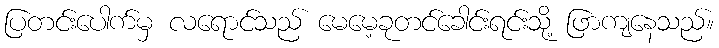
ပြတင်းပေါက်မှ လရောင်သည် မေမေ့ခုတင်ခေါင်းရင်းသို့ ဖြာကျနေသည်။